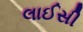
લાઈસી